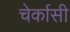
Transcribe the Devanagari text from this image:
चेर्कासी